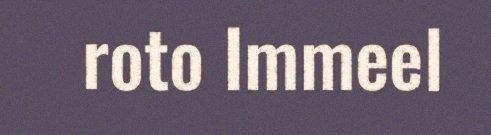
roto Immeel